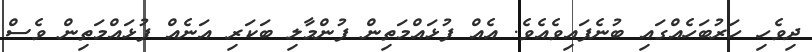
ދިވެހި ހަރުބަހެއްގައި ބުނެފައިވެއެވެ. އެއް ފުޅައްމަތިން ފުންމާލި ބަކަރި އަނެއް ފުޅައްމަތިން ވެސް